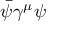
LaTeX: { \bar { \psi } } \gamma ^ { \mu } \psi